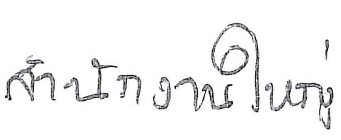
สำนักงานใหญ่